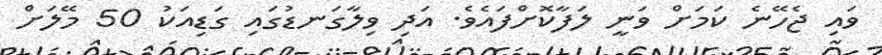
ވައި ޖެހޭނެ ކަމަށް ވަނީ ލަފާކޮށްފައެވެ. އަދި ވިލާގަނޑުގައި ގަޑިއަކު 50 މޭލަށް